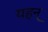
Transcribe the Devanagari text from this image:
यहन्